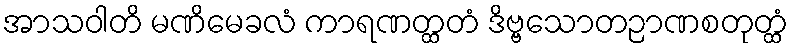
အာသဝါတိ မဏိမေခလံ ကာရဏတ္ထတံ ဒိဗ္ဗသောတဉာဏစတုတ္ထံ